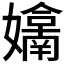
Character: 𭒬